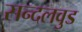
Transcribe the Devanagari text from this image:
सन्दलवुड